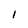
Character: I